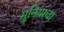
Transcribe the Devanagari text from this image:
मुनियाचा